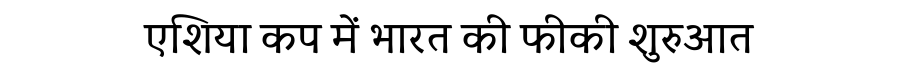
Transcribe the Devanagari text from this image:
एशिया कप में भारत की फीकी शुरुआत